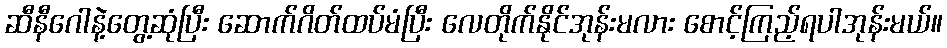
ဆီနီဂေါနဲ့တွေ့ဆုံပြီး ဆောက်ဂိတ်ထပ်မံပြီး လေတိုက်နိုင်အုန်းမလား စောင့်ကြည့်ရပါအုန်းမယ်။